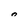
Character: 0